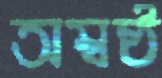
অম্বষ্ঠ